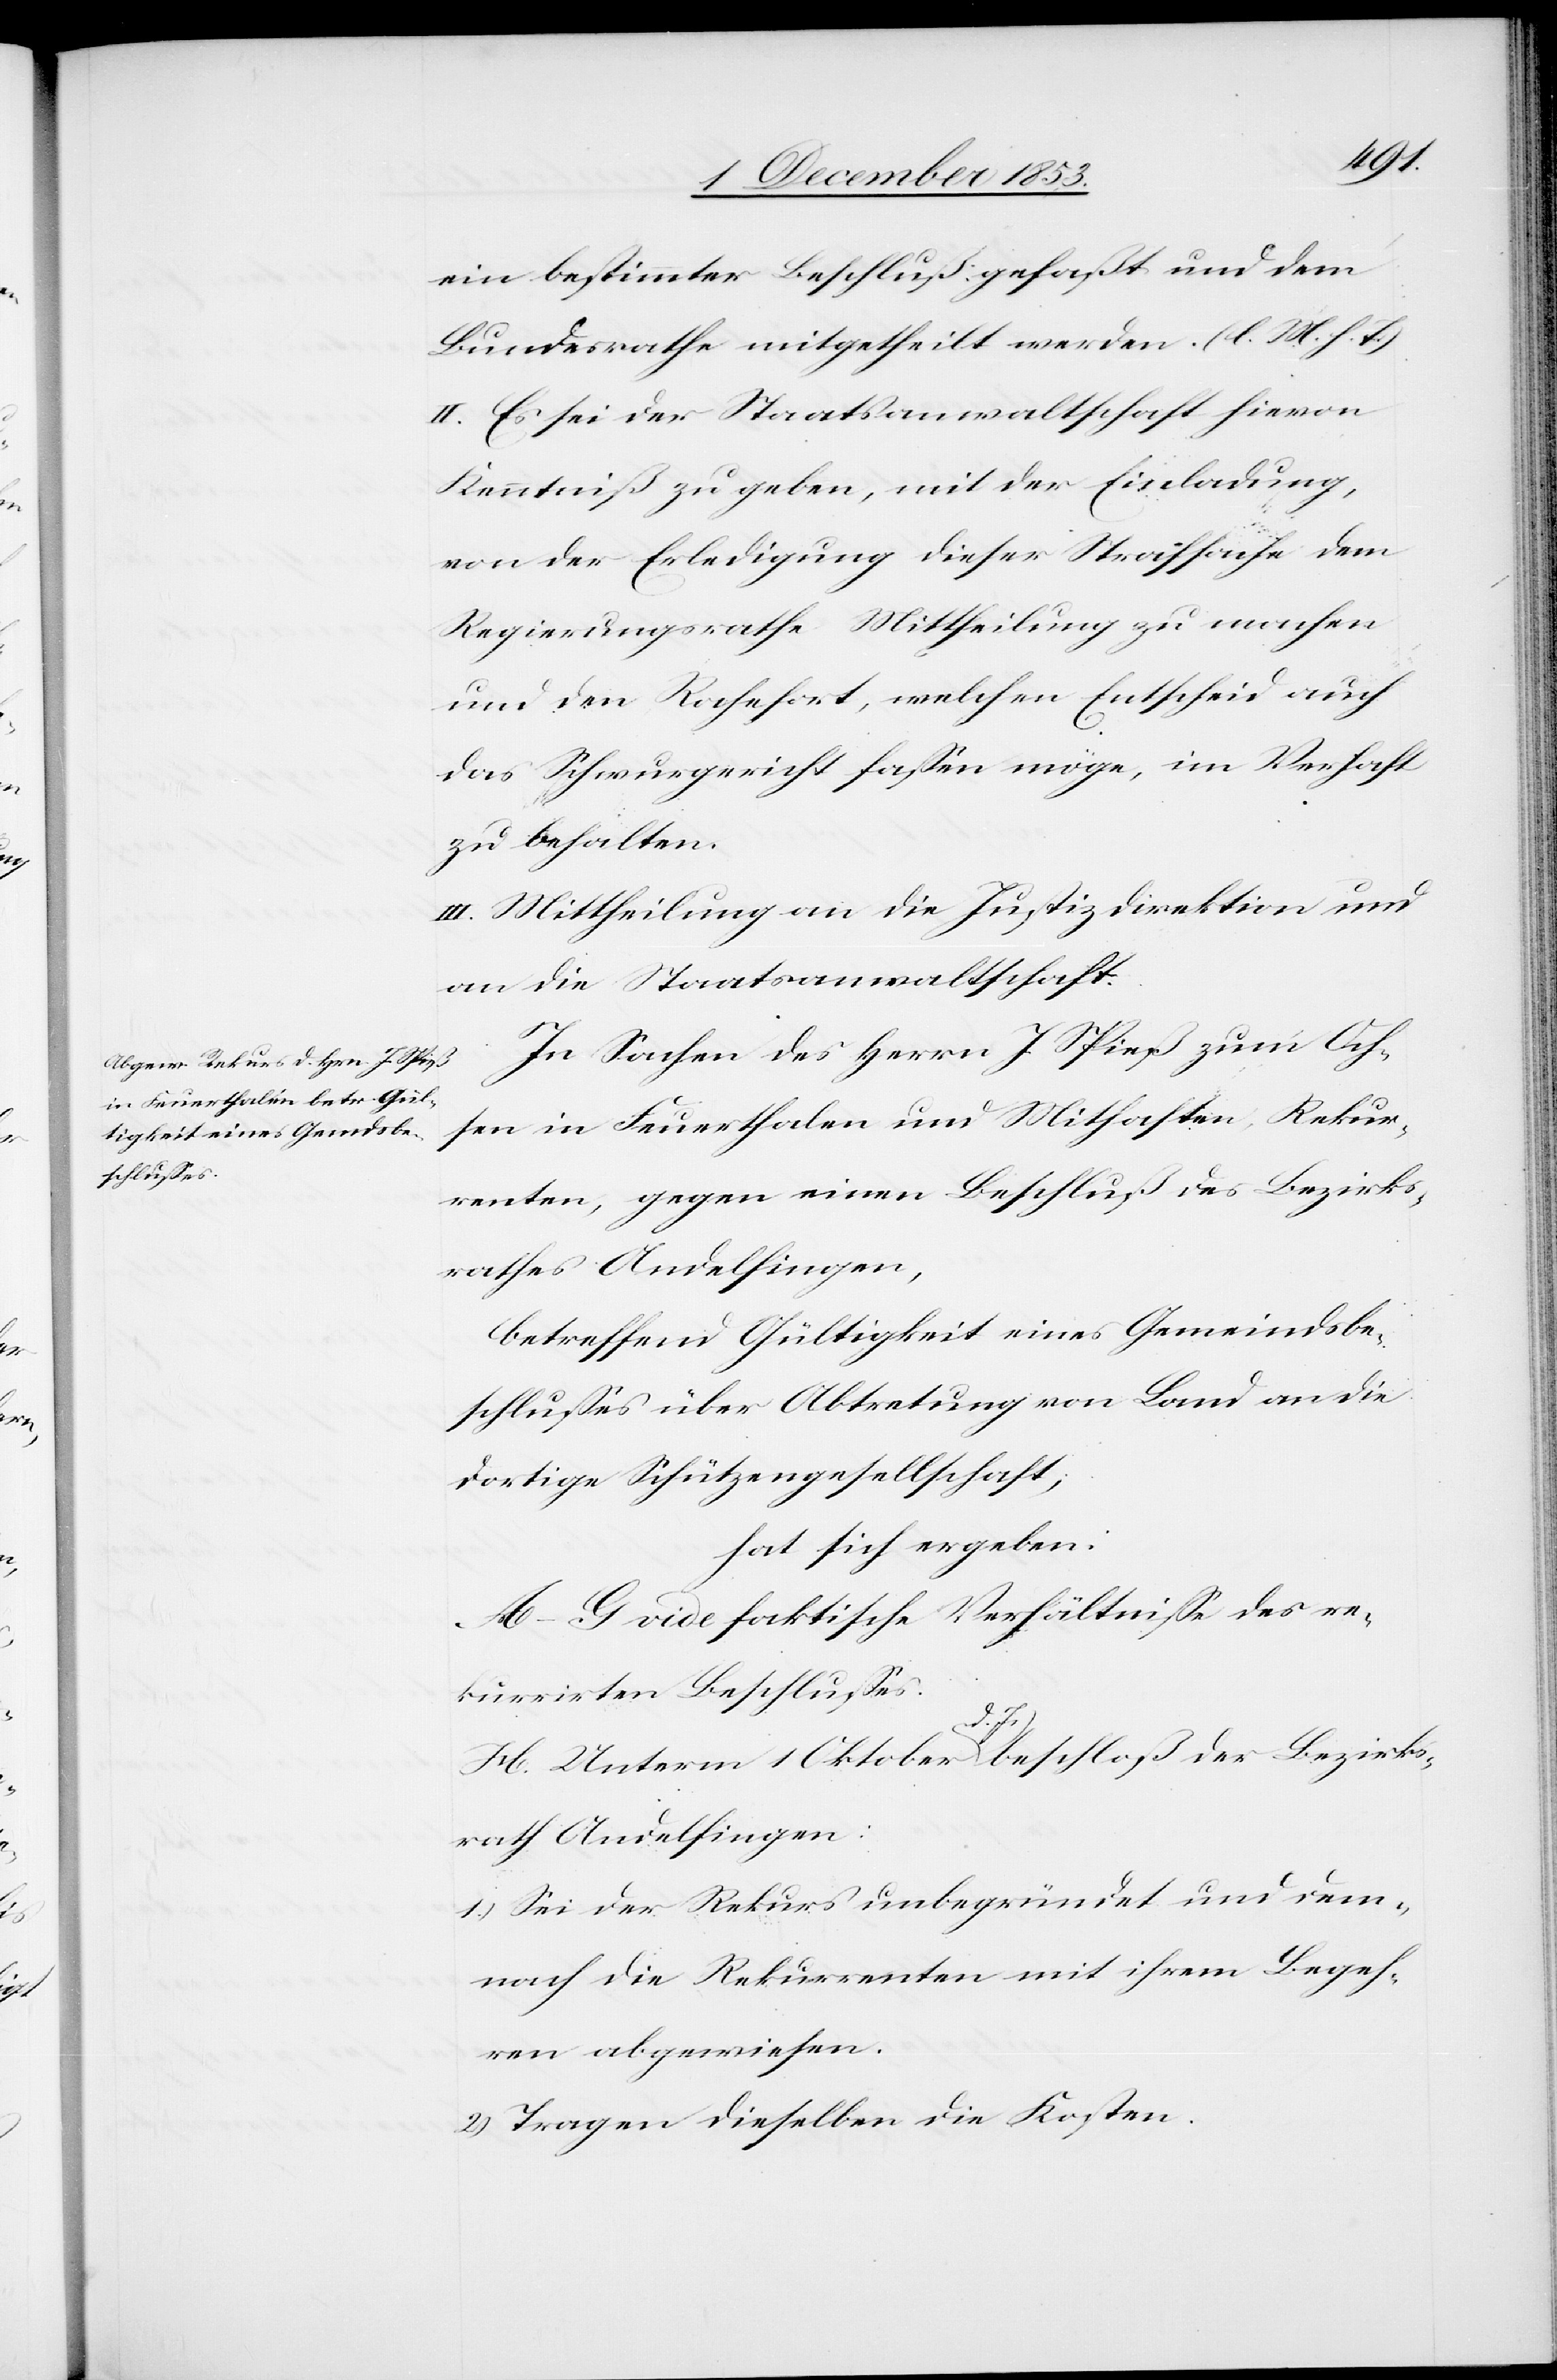
ein bestimmter Beschluß gefaßt und dem
Bundesrathe mitgetheilt werden. [l. M. h. T]
II. Es sei der Staatsanwaltschaft hievon
Kenntniß zu geben, mit der Einladung,
von der Erledigung dieser Strafsache dem
Regierungsrathe Mittheilung zu machen
und den Rochefort, welchen Entscheid auch
das Schwurgericht faßen möge, im Verhaft
zu behalten.
III. Mittheilung an die Justizdirektion und
an die Staatsanwaltschaft.
In Sachen des Herrn J. Spieß zum Och¬
sen in Feuerthalen und Mithaften, Rekur¬
renten, gegen einen Beschluß des Bezirks¬
rathes Andelfingen,
betreffend Gültigkeit eines Gemeindsbe¬
schlußes über Abtretung von Land an die
dortige Schützengesellschaft,
hat sich ergeben:
A–G vide faktische Verhältniße des re¬
kurrirten Beschlußes.
H. Unterm 1 Oktober d. Js. beschloß der Bezirks¬
rath Andelfingen:
1.) Sei der Rekurs unbegründet und dem¬
nach die Rekurrenten mit ihrem Begeh¬
ren abgewiesen.
2.) Tragen dieselben die Kosten.